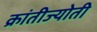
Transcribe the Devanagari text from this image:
क्रांतीज्योती